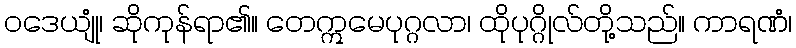
ဝဒေယျုံ၊ ဆိုကုန်ရာ၏။ တေဣမေပုဂ္ဂလာ၊ ထိုပုဂ္ဂိုလ်တို့သည်။ ကာရဏံ၊